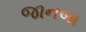
જાનબા